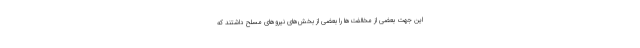
این جهت بعضی از مخالفت‌ها را بعضی از بخش‌های نیروهای مسلح داشتند که